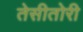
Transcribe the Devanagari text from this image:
तेसीतोरी